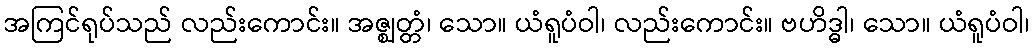
အကြင်ရုပ်သည် လည်းကောင်း။ အဇ္ဈတ္တံ၊ သော။ ယံရူပံဝါ၊ လည်းကောင်း။ ဗဟိဒ္ဓါ၊ သော။ ယံရူပံဝါ၊